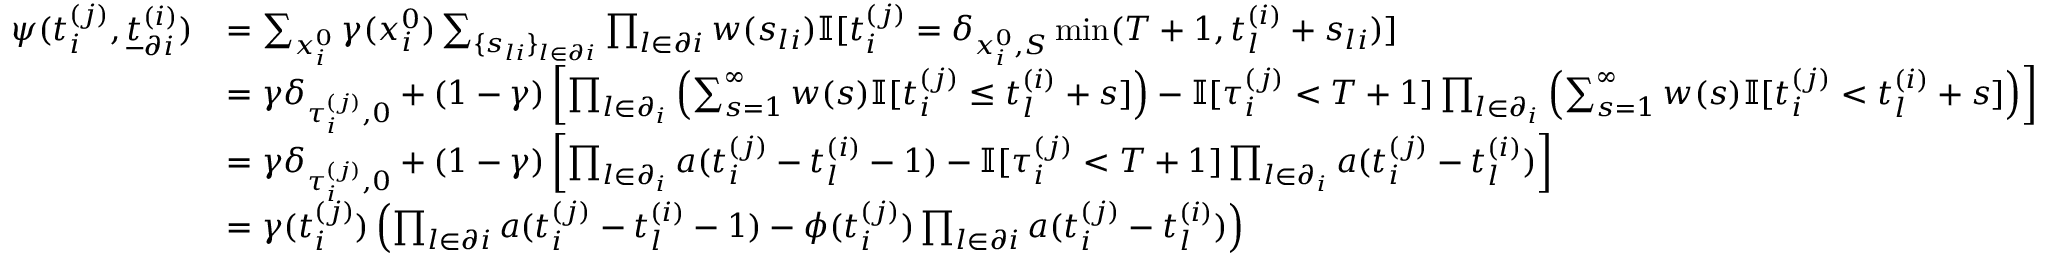
\begin{array} { r } { \begin{array} { r l } { \psi ( t _ { i } ^ { ( j ) } , \underline { { t } } _ { \partial i } ^ { ( i ) } ) } & { = \sum _ { x _ { i } ^ { 0 } } \gamma ( x _ { i } ^ { 0 } ) \sum _ { \{ s _ { l i } \} _ { l \in \partial i } } \prod _ { l \in \partial i } w ( s _ { l i } ) \mathbb { I } [ t _ { i } ^ { ( j ) } = \delta _ { x _ { i } ^ { 0 } , S } \operatorname* { m i n } ( T + 1 , t _ { l } ^ { ( i ) } + s _ { l i } ) ] } \\ & { = \gamma \delta _ { \tau _ { i } ^ { ( j ) } , 0 } + ( 1 - \gamma ) \left[ \prod _ { l \in \partial _ { i } } \left( \sum _ { s = 1 } ^ { \infty } w ( s ) \mathbb { I } [ t _ { i } ^ { ( j ) } \leq t _ { l } ^ { ( i ) } + s ] \right) - \mathbb { I } [ \tau _ { i } ^ { ( j ) } < T + 1 ] \prod _ { l \in \partial _ { i } } \left( \sum _ { s = 1 } ^ { \infty } w ( s ) \mathbb { I } [ t _ { i } ^ { ( j ) } < t _ { l } ^ { ( i ) } + s ] \right) \right] } \\ & { = \gamma \delta _ { \tau _ { i } ^ { ( j ) } , 0 } + ( 1 - \gamma ) \left[ \prod _ { l \in \partial _ { i } } a ( t _ { i } ^ { ( j ) } - t _ { l } ^ { ( i ) } - 1 ) - \mathbb { I } [ \tau _ { i } ^ { ( j ) } < T + 1 ] \prod _ { l \in \partial _ { i } } a ( t _ { i } ^ { ( j ) } - t _ { l } ^ { ( i ) } ) \right] } \\ & { = \gamma ( t _ { i } ^ { ( j ) } ) \left( \prod _ { l \in \partial i } a ( t _ { i } ^ { ( j ) } - t _ { l } ^ { ( i ) } - 1 ) - \phi ( t _ { i } ^ { ( j ) } ) \prod _ { l \in \partial i } a ( t _ { i } ^ { ( j ) } - t _ { l } ^ { ( i ) } ) \right) } \end{array} } \end{array}